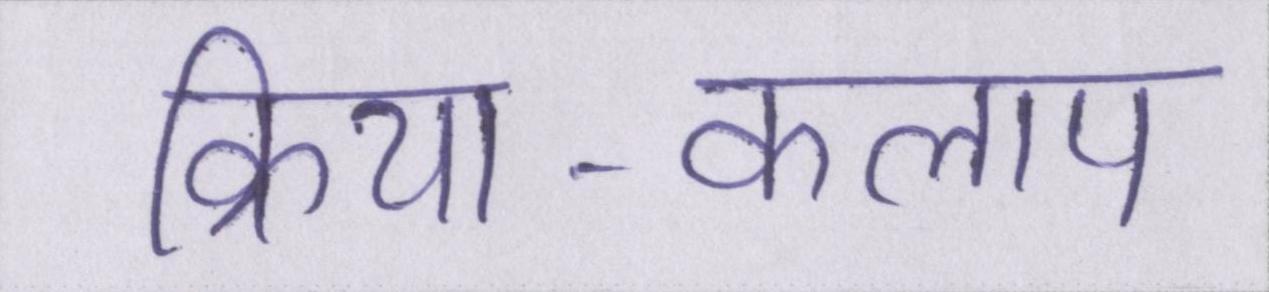
क्रिया-कलाप